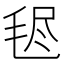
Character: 𣭥